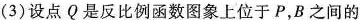
(3)设点Q是反比例函数图象上位于P，B之间的